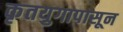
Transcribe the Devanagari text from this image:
कृतयुगापासून